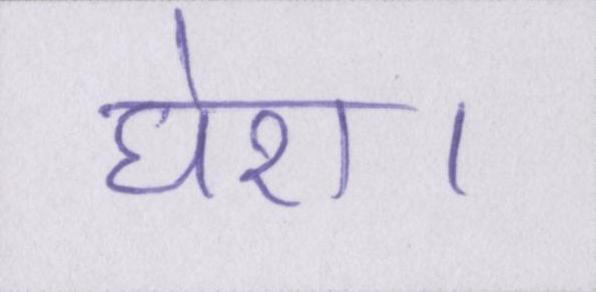
घेरा।